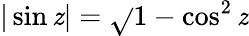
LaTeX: |\sin\mathit{z}|=\sqrt{}{{1-\cos^{2}\mathit{z}}}